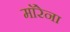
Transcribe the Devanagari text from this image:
माॅरेना